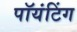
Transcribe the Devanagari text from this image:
पॉयंटिंग